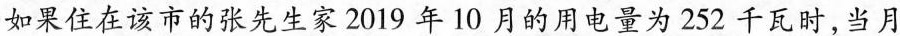
如果住在该市的张先生家2019年10月的用电量为252千瓦时，当月